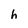
Character: h